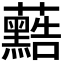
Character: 𮓐